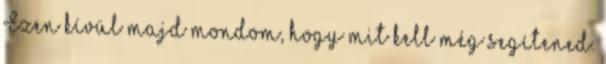
Ezen kívül majd mondom, hogy mit kell még segítened.